Report on vaccination in Madras 1922-1929 - 1922-1929
Year: 1922
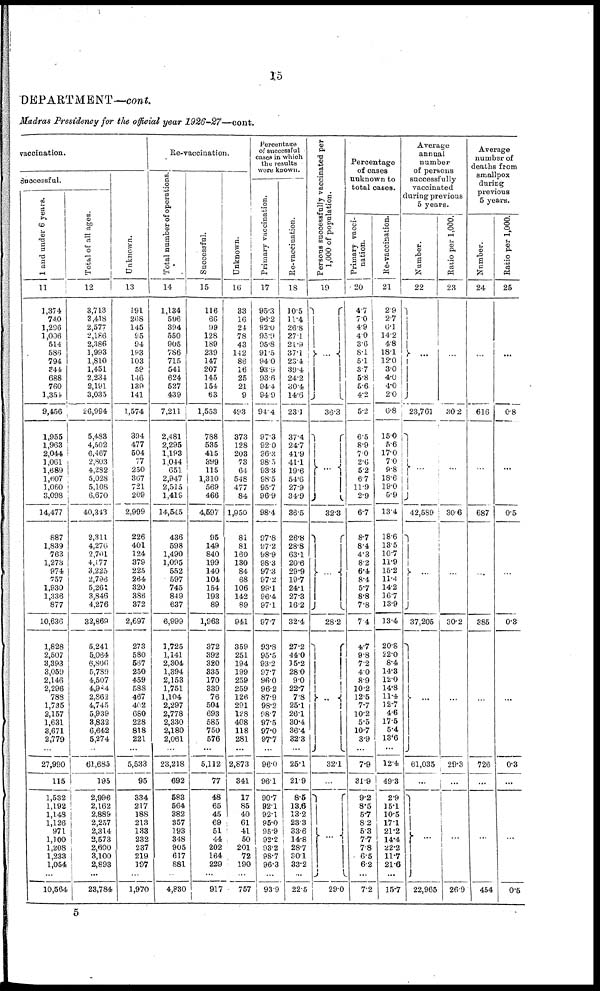
15
DEPARTMENT—cont.
Madras Presidency for the official year
1926-27—cont.
vaccination.
Successful.
1 and under 6 years.
11
1,374
740
1,296
1,006
514
586
794
344
688
760
1,354
9,456
1,955
1,963
2,044
1,061
1,689
1,607
1,060
3,098
14,477
887
1,839
763
1,273
974
757
1,930
1,336
877
10,636
1,828
2,507
3,393
3,059
2,146
2,296
788
1,735
2,157
1,631
3,671
2,779
...
27,990
115
1,532
1,192
1,148
1,126
971
1,100
1,208
1,233
1,054
...
10,564
Total of all ages.
12
3,713
3,418
2,577
2,186
2,386
1,993
1,810
1,451
2,234
2,191
3,035
26,994
5,483
4,502
6,467
2,803
4,282
5,028
5,108
6,670
40,343
2,311
4,276
2,701
4,177
3,225
2,796
5,261
3,846
4,276
32,869
5,241
5,064
6,806
5,789
4,507
4,984
2,862
4,745
5,939
3,832
6,642
5,274
...
61,685
195
2,996
2,162
2,889
2,257
2,314
2,573
2,600
3,100
2,893
...
23,784
Unknown.
13
191
268
145
95
94
193
103
59
146
139
141
1,574
394
477
504
77
250
367
721
209
2,999
226
401
124
379
225
264
320
386
372
2,697
273
580
567
250
459
588
467
402
680
228
818
221
...
5,533
95
334
217
188
213
133
232
237
219
197
...
1,970
Re-vaccination.
Total number of operations.
14
1,134
596
394
550
905
786
715
541
624
527
439
7,211
2,481
2,295
1,193
1,044
651
2,947
2,515
1,419
14,545
436
598
1,490
1,095
552
597
745
849
637
6,999
1,725
1,141
2,304
1,394
2,153
1,751
1,104
2,297
2,778
2,330
2,180
2,061
...
23,218
692
583
564
382
357
193
348
905
617
881
...
4,830
Successful.
15
116
66
99
128
189
239
147
207
145
154
63
1,553
788
535
415
399
115
1,310
569
466
4,597
95
149
840
199
140
104
154
193
89
1,963
372
392
320
335
170
339
76
504
693
585
750
576
...
5,112
77
48
65
45
69
51
44
202
164
229
...
917
Unknown.
16
33
16
24
78
43
142
86
16
25
21
9
493
373
128
203
73
64
548
477
84
1,950
81
81
160
130
84
68
106
142
89
941
359
251
194
199
259
259
126
291
128
408
118
281
...
2,873
341
17
85
40
61
41
50
201
72
190
...
757
Percentage
of successful
cases in which
the results
were known.
Primary vaccination.
17
95.3
96.2
92.0
95.9
95.8
91.5
94.0
93.9
93.6
94.4
94.9
94.4
97.3
92.0
96.3
98.5
93.3
98.5
95.7
96.9
98.4
97.8
97.2
98.9
98.3
97.3
97.2
99.1
96.4
97.1
97.7
93.8
95.5
93.2
97.7
96.0
96.2
87.9
98.2
98.7
97.5
97.0
97.7
...
96.0
96.1
90.7
92.1
92.1
95.0
95.9
92.2
93.2
98.7
96.3
...
93.9
Re-vaccination.
18
10.5
11.4
26.8
27.1
21.9
37.1
23.4
39.4
24.2
30.4
14.6
23.1
37.4
24.7
41.9
41.1
19.6
54.6
27.9
34.9
36.5
26.8
28.8
63.1
20.6
29.9
19.7
24.1
27.3
16.2
32.4
27.2
44.0
15.2
28.0
9.0
22.7
7.8
25.1
26.1
30.4
36.4
32.3
...
25.1
21.9
8.5
13.6
13.2
23.3
33.6
14.8
28.7
30.1
33.2
...
22.5
Persons successfully vaccinated per
1,000 of population.
19
...
36.3
...
32.3
...
28.2
...
32.1
...
...
29.0
Percentage
of cases
unknown to
total cases.
Primary vacci-
nation.
20
4.7
7.0
4.9
4.0
3.6
8.1
5.1
3.7
5.8
5.6
4.2
5.2
6.5
8.9
7.0
2.6
5.2
6.7
11.9
2.9
6.7
8.7
8.4
4.3
8.2
6.4
8.4
5.7
8.8
7.8
7.4
4.7
9.8
7.2
4.0
8.9
10.2
12.5
7.7
10.2
5.5
10.7
3.9
...
7.9
31.9
9.2
8.5
5.7
8.2
5.3
7.7
7.8
6.5
6.2
...
7.2
Re-vaccination.
21
2.9
2.7
6.1
14.2
4.8
18.1
12.0
3.0
4.0
4.0
2.0
6.8
15.0
5.6
17.0
7.0
9.8
18.6
19.0
5.9
13.4
18.6
13.5
10.7
11.9
15.2
11.4
14.2
16.7
13.9
13.4
20.8
22.0
8.4
14.3
12.0
14.8
11.4
12.7
4.6
17.5
5.4
13.6
...
12.4
49.3
2.9
15.1
10.5
17.1
21.2
14.4
22.2
11.7
21.6
...
15.7
Average
annual
number
of persons
successfully
vaccinated
during previous
5 years.
Number.
22
...
23,761
...
42,589
...
37,205
...
61,035
...
...
22,965
Ratio per 1,000.
23
...
30.2
...
30.6
...
30.2
...
29.3
...
...
26.9
Average
number of
deaths from
smallpox
during
previous
5 years.
Number.
24
...
616
...
687
...
385
...
726
...
...
454
Ratio per 1,000.
25
...
0.8
...
0.5
...
0.3
...
0.3
...
...
0.5
5